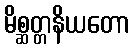
မိစ္ဆတ္တနိယတော